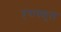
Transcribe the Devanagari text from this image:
हंसस्कूल